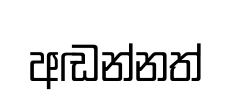
අඬන්නත්